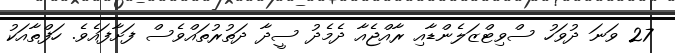
27 ވަނަ ދުވަހު ސްވިޓްޒަލެންޑާއި ރާއްޖެއާ ދެމެދު ސީދާ ދަތުރުތައްވެސް ފަށާފައެވެ. ހަފްތާއަކު